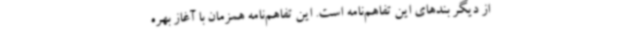
از دیگر بندهای این تفاهم‌نامه است. این تفاهم‌نامه همزمان با آغاز بهره